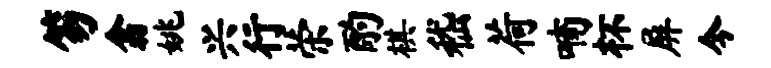
笏翕姚兴行荣酌棋嵇荷喃杯屏今